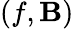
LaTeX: (f,{\mathbf B})